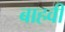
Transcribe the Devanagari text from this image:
बाहवीं